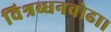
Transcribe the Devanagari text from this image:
विश्रब्धनवोढा।